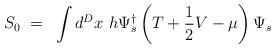
LaTeX: \begin{align*}S_0~=~ \int d^D x~h \Psi_s^{\dagger} \left( T + \frac{1}{2} V - \mu \right)\Psi_s\end{align*}